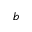
b